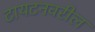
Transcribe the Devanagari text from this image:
टायटनवरील